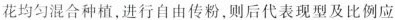
花均匀混合种植，进行自由传粉，则后代表现型及比例应